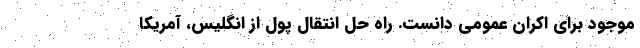
موجود برای اکران عمومی دانست. راه حل انتقال پول از انگلیس، آمریکا